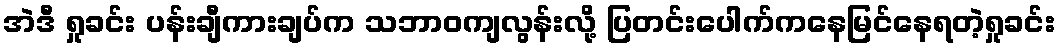
အဲဒီ ရှုခင်း ပန်းချီကားချပ်က သဘာဝကျလွန်းလို့ ပြတင်းပေါက်ကနေမြင်နေရတဲ့ရှုခင်း